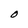
Character: O